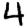
Digit: 4